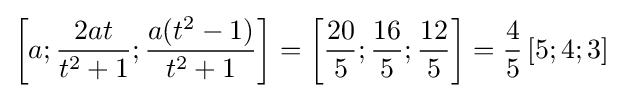
\left[a;{\frac {2at}{t^{2}+1}};{\frac {a(t^{2}-1)}{t^{2}+1}}\right]=\left[{\frac {20}{5}};{\frac {16}{5}};{\frac {12}{5}}\right]={\frac {4}{5}}\left[5;4;3\right]